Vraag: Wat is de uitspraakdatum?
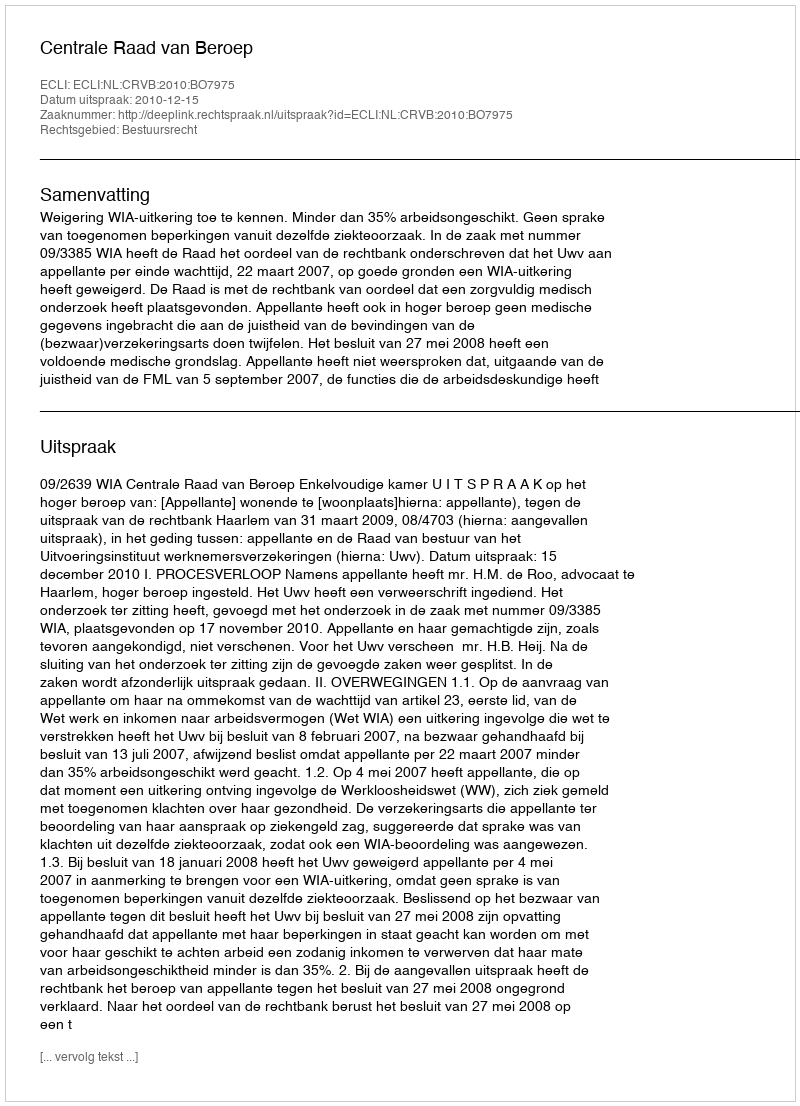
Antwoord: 2010-12-15